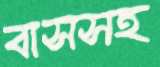
বাসসহ